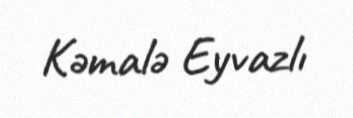
Kəmalə Eyvazlı